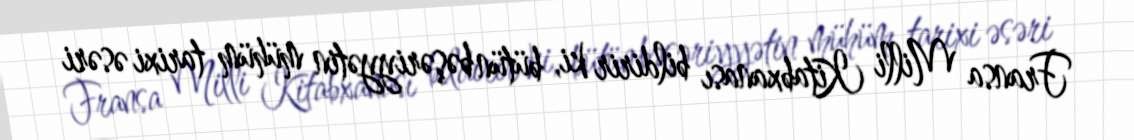
Fransa Milli Kitabxanası bildirir ki, bütün bəşəriyyətin mühüm tarixi əsəri